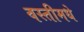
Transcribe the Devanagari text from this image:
वस्तीमधे